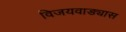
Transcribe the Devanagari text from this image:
विजयवाड्यास